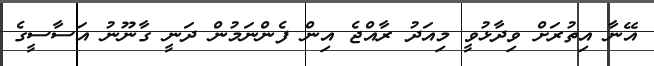
އޭނާ އިތުރަށް ވިދާޅުވީ މިއަދު ރާއްޖެ އިން ފެންނަމުން ދަނީ ގާނޫނު އަސާސީގެ